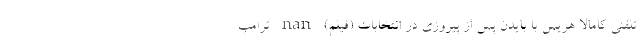
تلفنی کامالا هریس با بایدن پس از پیروزی در انتخابات (فیلم) nan ترامپ